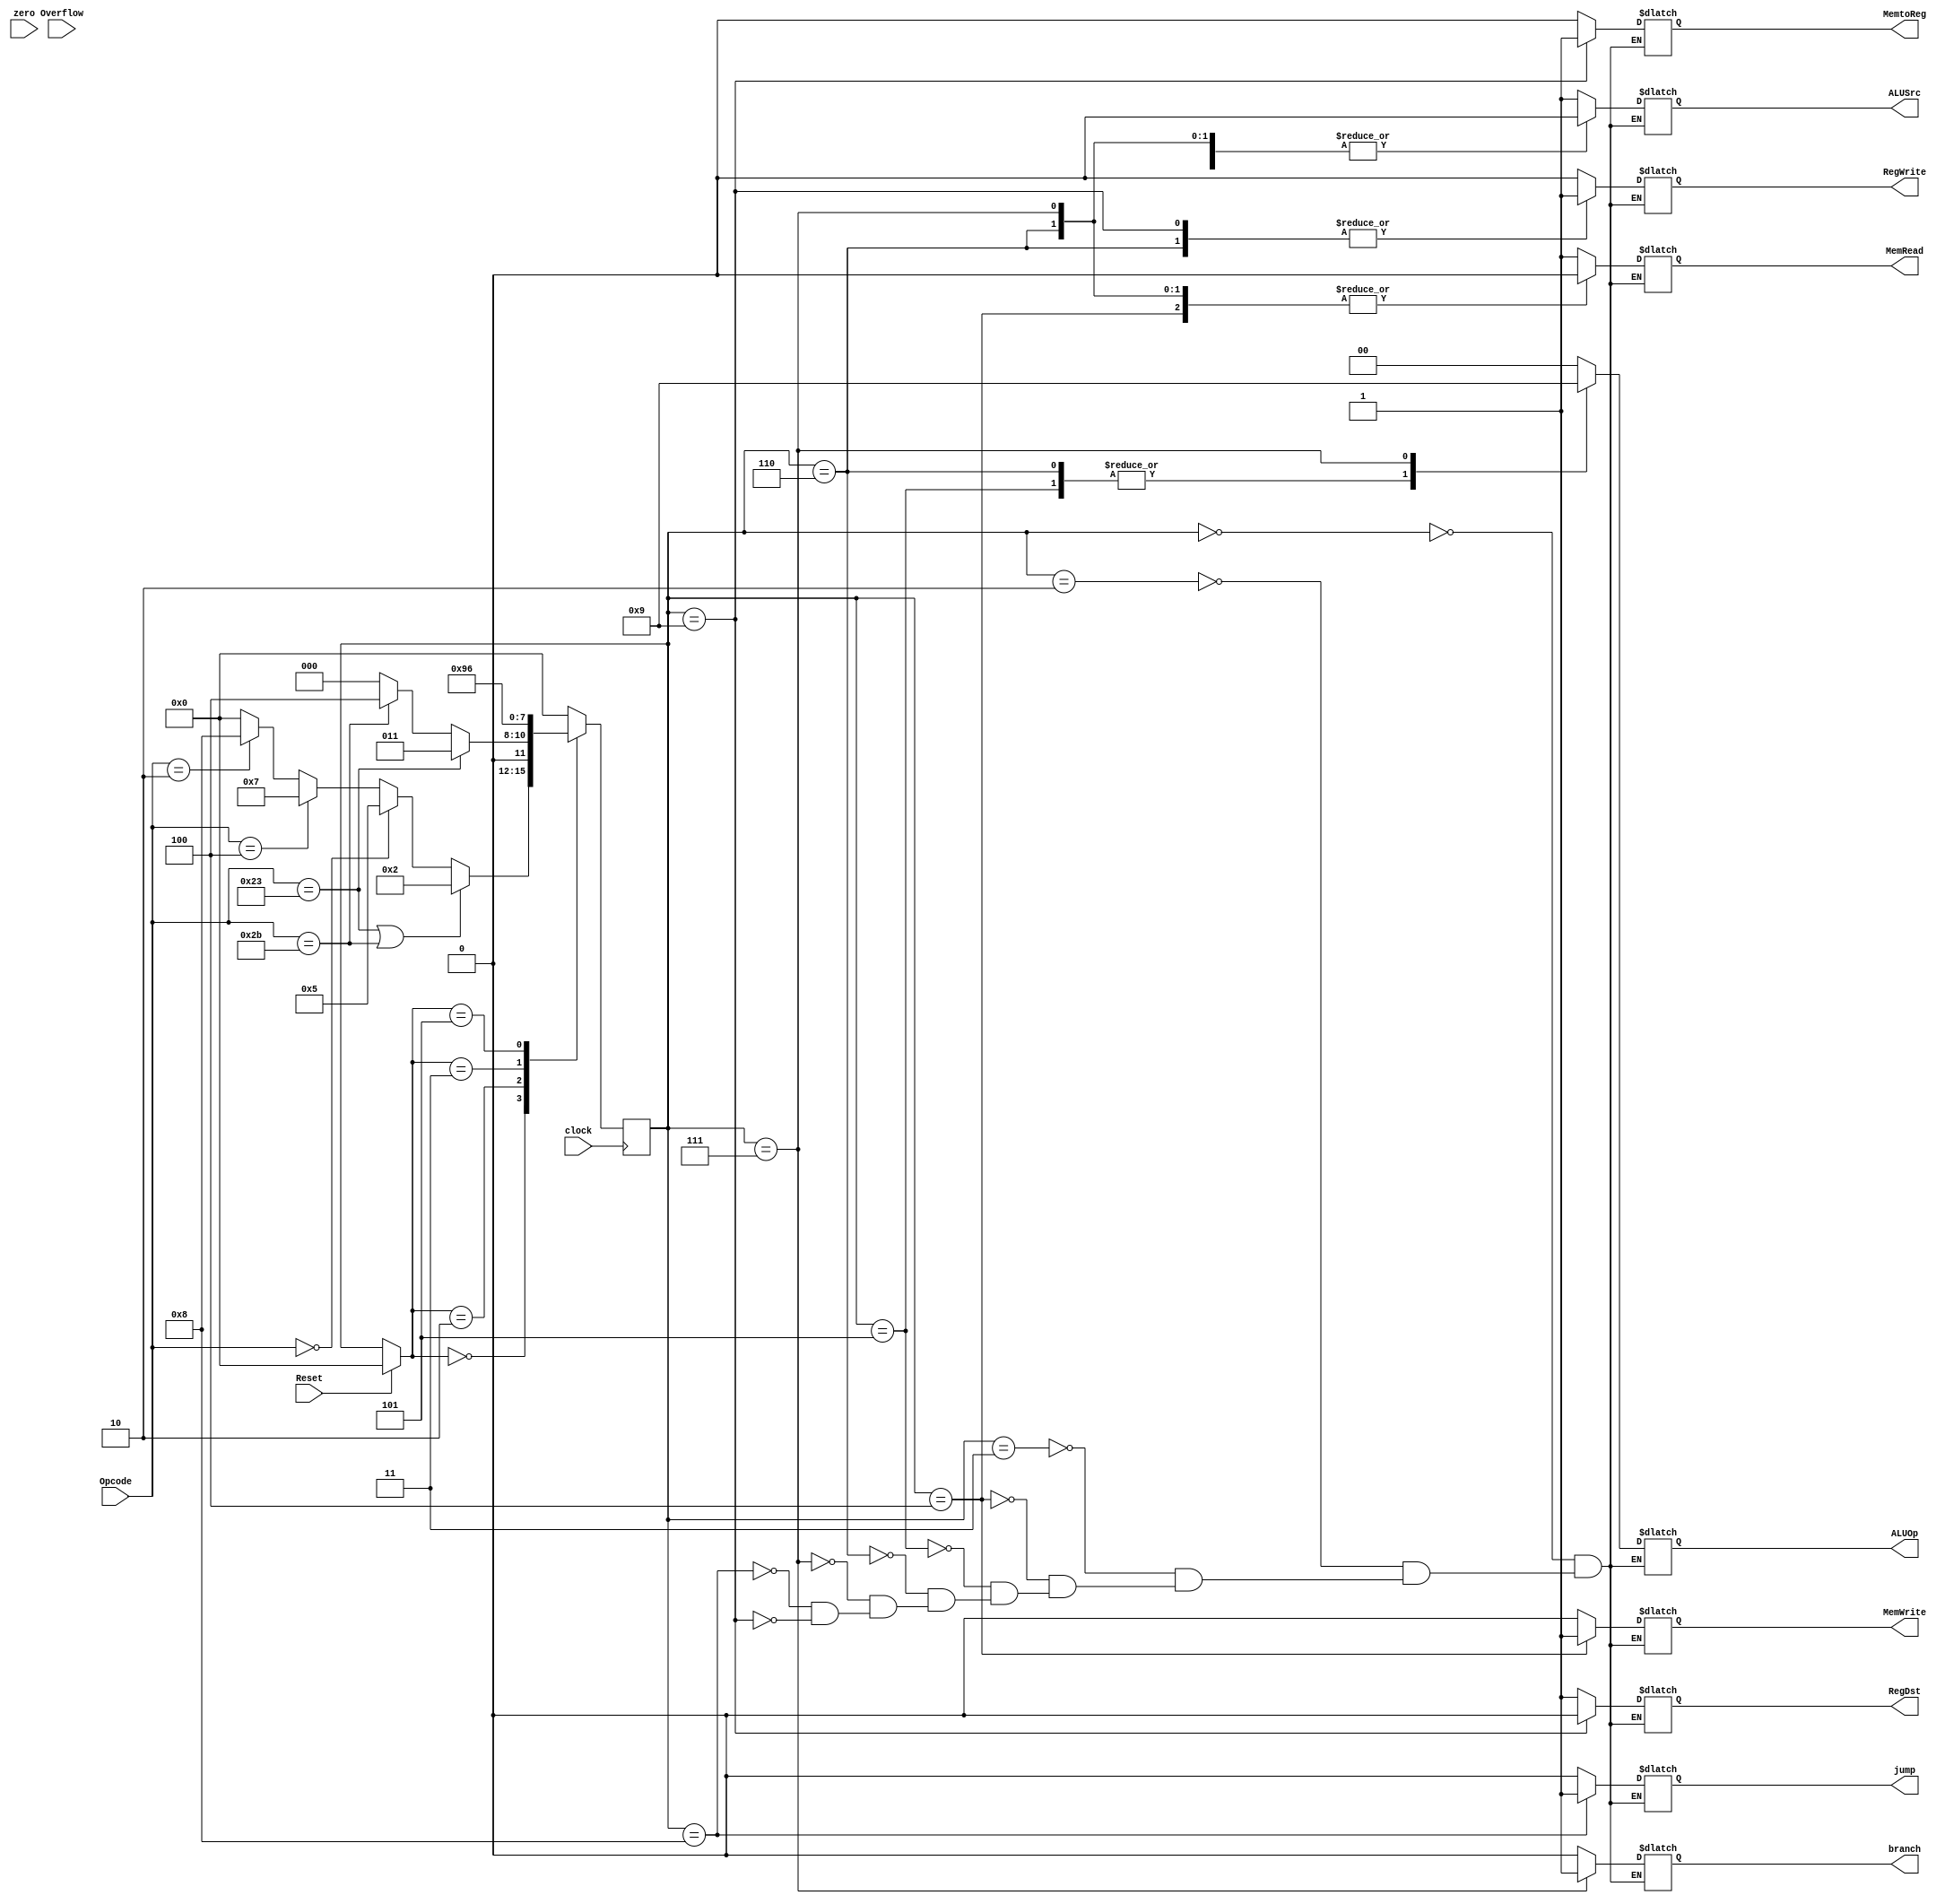

module Single_cycle_Control_unit_FSM(
    output reg ALUSrc,
    output reg RegDst,
    output reg RegWrite,
    output reg MemtoReg,
    output reg [1:0] ALUOp,
    output reg MemWrite,
    output reg MemRead,
  output reg branch,
  output reg jump,
    input [5:0] Opcode,
    input zero,
    input Overflow,
    input Reset,
    input clock
    );


reg [3:0] NS;
reg [3:0] PS;


parameter s0 = 4'd0;
parameter s1 = 4'd1;
parameter s2 = 4'd2;
parameter s3 = 4'd3;
parameter s4 = 4'd4;
parameter s5 = 4'd5;
parameter s6 = 4'd6;
parameter s7 = 4'd7;
parameter s8 = 4'd8;
parameter s9 = 4'd9;

parameter lw = 6'b100011;
parameter sw = 6'b101011;
parameter R_type = 6'b000000;
parameter B_type = 6'b000100;
parameter J_type = 6'b000010;

/*initial 
begin
NS <= 4'b0000;
end*/

always @(posedge clock)
begin
 case(PS)
  //s0: NS <= s1;
  s0: begin
     if(Opcode == lw || Opcode == sw)
      begin
      NS <= s2;
      end
     else if(Opcode == R_type)
      begin
      NS <= s5;
      end
     else if(Opcode == B_type)
      begin
      NS <= s7;
      end
     else if(Opcode == J_type)
      begin
      NS <= s8;
      end
     else
      NS <= s0;
    end
  s2: begin
     if(Opcode == lw)
      NS <= s3;
     else if(Opcode == sw)
      NS <= s4;
     else 
      NS <= s0;
    end
  s3:  NS <= s9;
  s4:  NS <= s0;
  s5:  NS <= s6;
  s6:  NS <= s0;
  s7: NS <= s0;
  s8:   NS <= s0;
  s9:   NS <= s0;
 default: NS <= s0;
 endcase
end

always @(NS)
begin
 if(Reset == 1'b1)
  PS <= s0;
 else
  PS <= NS;
end

always @(NS)
begin
 case(NS)
  s0: begin
    RegDst <= 1'bx;
    jump <= 1'bx;
    ALUSrc <= 1'bx;
    MemtoReg <= 1'bx;
    RegWrite <= 1'bx;
    MemRead <= 1'bx;
    MemWrite <= 1'bx;
    branch <= 1'bx;
    ALUOp <= 2'bxx;
   end
  /*s1: begin
    RegDst <= 1'bx;
    jump <= 1'bx;
    ALUSrc <= 1'bx;
    MemtoReg <= 1'bx;
    RegWrite <= 1'bx;
    MemRead <= 1'bx;
    MemWrite <= 1'bx;
    branch <= 1'bx;
    ALUOp <= 2'bxx;
   end*/
  s2: begin
    RegDst <= 1'bx;
    jump <= 1'bx;
    ALUSrc <= 1'b1;
    MemtoReg <= 1'bx;
    RegWrite <= 1'bx;
    MemRead <= 1'bx;
    MemWrite <= 1'bx;
    branch <= 1'bx;
    ALUOp <= 2'b00;
   end
  s3: begin
    RegDst <= 1'bx;
    jump <= 1'bx;
    ALUSrc <= 1'b1;
    MemtoReg <= 1'bx;
    RegWrite <= 1'bx;
    MemRead <= 1'b1;
    MemWrite <= 1'b0;
    branch <= 1'bx;
    ALUOp <= 2'b00;
   end
  s4: begin
    RegDst <= 1'bx;
    jump <= 1'b0;
    ALUSrc <= 1'b1;
    MemtoReg <= 1'bx;
    RegWrite <= 1'b0;
    MemRead <= 1'b0;
    MemWrite <= 1'b1;
    branch <= 1'b0;
    ALUOp <= 2'b00;
   end
  s5: begin
    RegDst <= 1'bx;
    jump <= 1'bx;
    ALUSrc <= 1'b0;
    MemtoReg <= 1'bx;
    RegWrite <= 1'bx;
    MemRead <= 1'bx;
    MemWrite <= 1'bx;
    branch <= 1'bx;
    ALUOp <= 2'b10;
   end
  s6: begin
    RegDst <= 1'b1;
    jump <= 1'b0;
    ALUSrc <= 1'b0;
    MemtoReg <= 1'b0;
    RegWrite <= 1'b1;
    MemRead <= 1'b0;
    MemWrite <= 1'b0;
    branch <= 1'b0;
    ALUOp <= 2'b10;
   end
  s7: begin
    RegDst <= 1'bx;
    jump <= 1'b0;
    ALUSrc <= 1'b0;
    MemtoReg <= 1'bx;
    RegWrite <= 1'b0;
    MemRead <= 1'b0;
    MemWrite <= 1'b0;
    branch <= 1'b1;
    ALUOp <= 2'b01;
   end
  s8: begin
      RegDst <= 1'bx;
    jump <= 1'b1;
    ALUSrc <= 1'bx;
    MemtoReg <= 1'bx;
    RegWrite <= 1'bx;
    MemRead <= 1'bx;
    MemWrite <= 1'bx;
    branch <= 1'bx;
    ALUOp <= 2'bxx;
   end
  s9: begin
    RegDst <= 1'b0;
    jump <= 1'b0;
    ALUSrc <= 1'b1;
    MemtoReg <= 1'b1;
    RegWrite <= 1'b1;
    MemRead <= 1'b1;
    MemWrite <= 1'b0;
    branch <= 1'b0;
    ALUOp <= 2'b00;
   end
 endcase
end

endmodule